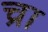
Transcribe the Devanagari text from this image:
च्रा